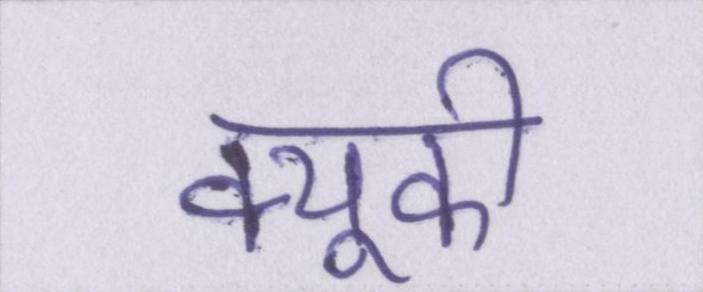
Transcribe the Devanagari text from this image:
क्यूकी